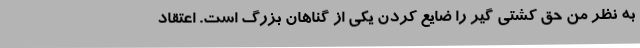
به نظر من حق کشتی گیر را ضایع کردن یکی از گناهان بزرگ است. اعتقاد